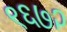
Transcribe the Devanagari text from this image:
९६७२